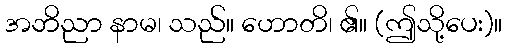
အဘိညာ နာမ၊ သည်။ ဟောတိ၊ ၏။ (ဤသို့ပေး)။